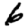
Digit: 6